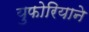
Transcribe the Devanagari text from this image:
युफोरियाने